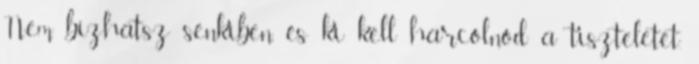
Nem bízhatsz senkiben, és ki kell harcolnod a tiszteletet.